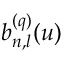
b _ { n , l } ^ { ( q ) } ( u )